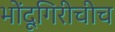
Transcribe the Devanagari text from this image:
भोंदूगिरीचीच